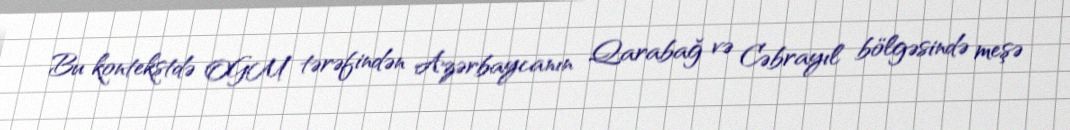
Bu kontekstdə OGM tərəfindən Azərbaycanın Qarabağ və Cəbrayıl bölgəsində meşə